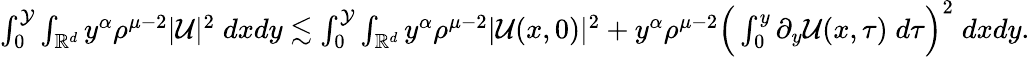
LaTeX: \begin{array}{r}{\int_{0}^{\mathcal{Y}}\int_{\mathbb{R}^{d}}y^{\alpha}\rho^{\mu-2}|\mathcal{U}|^{2}\; dxdy\lesssim\int_{0}^{\mathcal{Y}}\int_{\mathbb{R}^{d}}y^{\alpha}\rho^{\mu-2}|\mathcal{U}(x,0)|^{2}+y^{\alpha}\rho^{\mu-2}\Big(\int_{0}^{y}\partial_{y}\mathcal{U}(x,\tau)\; d\tau\Big)^{2}\; dxdy.}\end{array}